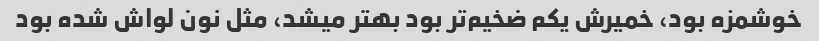
خوشمزه بود، خمیرش یکم ضخیم‌تر بود بهتر میشد، مثل نون لواش شده بود